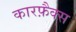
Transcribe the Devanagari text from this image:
कारफ़ैक्स